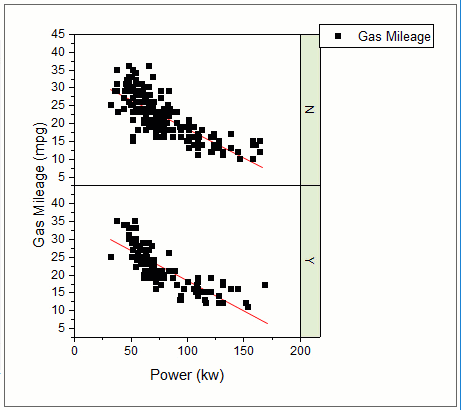
origin, graph maker app, scatter plot, fitted curve, grouped